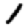
Digit: 1